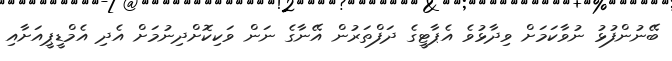
ބޭނުންފުޅު ނުވާކަމަށް ވިދާޅުވެ އެޕާޓީގެ ދަފްތަރުން އޭނާގެ ނަން ވަކިކޮށްދިނުމަށް އެދި އެމްޑީޕީއަށާއި